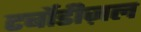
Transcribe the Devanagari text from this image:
टर्बोडीज़ल